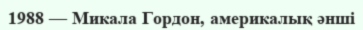
1988 — Микала Гордон, америкалық әнші